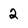
Character: 2